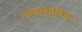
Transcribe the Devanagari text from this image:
न्यायपालिक